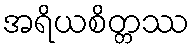
အရိယစိတ္တဿ